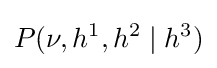
P(\nu ,h^{1},h^{2}\mid h^{3})